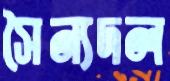
সৈন্যদল